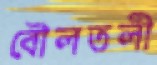
বৌলতলী